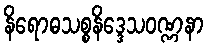
နိရောဓသစ္စနိဒ္ဒေသဝဏ္ဏနာ